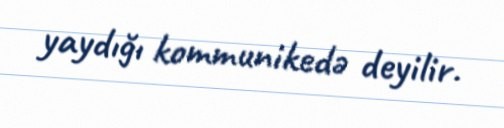
yaydığı kommunikedə deyilir.